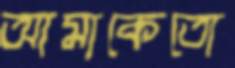
আমাকেতো